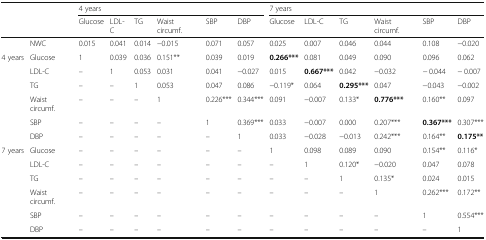
| <ROWSPAN=2-COLSPAN=2>  | <COLSPAN=6> 4 years | <COLSPAN=6> 7 years |
 | Glucose | LDL-C | TG | Waist circumf. | SBP | DBP | Glucose | LDL-C | TG | Waist circumf. | SBP | DBP |
 | --- | --- | --- | --- | --- | --- | --- | --- | --- | --- | --- | --- | --- | --- |
 |  | NWC | 0.015 | 0.041 | 0.014 | −0.015 | 0.071 | 0.057 | 0.025 | 0.007 | 0.046 | 0.044 | 0.108 | −0.020 |
 | <ROWSPAN=6> 4 years | Glucose | 1 | 0.039 | 0.036 | 0.151** | 0.039 | 0.019 | 0.266*** | 0.081 | 0.049 | 0.090 | 0.096 | 0.062 |
 | LDL-C | – | 1 | 0.053 | 0.031 | 0.041 | −0.027 | 0.015 | 0.667*** | 0.042 | −0.032 | − 0.044 | − 0.007 |
 | TG | – | – | 1 | 0.053 | 0.047 | 0.086 | −0.119* | 0.064 | 0.295*** | 0.047 | −0.043 | −0.002 |
 | Waist circumf. | – | – | – | 1 | 0.226*** | 0.344*** | 0.091 | −0.007 | 0.133* | 0.776*** | 0.160** | 0.097 |
 | SBP | – | – | – | – | 1 | 0.369*** | 0.033 | −0.007 | 0.000 | 0.207*** | 0.367*** | 0.307*** |
 | DBP | – | – | – | – | – | 1 | 0.033 | −0.028 | −0.013 | 0.242*** | 0.164** | 0.175** |
 | <ROWSPAN=6> 7 years | Glucose | – | – | – | – | – | – | 1 | 0.098 | 0.089 | 0.090 | 0.154** | 0.116* |
 | LDL-C | – | – | – | – | – | – | – | 1 | 0.120* | −0.020 | 0.047 | 0.078 |
 | TG | – | – | – | – | – | – | – | – | 1 | 0.135* | 0.024 | 0.015 |
 | Waist circumf. | – | – | – | – | – | – | – | – | – | 1 | 0.262*** | 0.172** |
 | SBP | – | – | – | – | – | – | – | – | – | – | 1 | 0.554*** |
 | DBP | – | – | – | – | – | – | – | – | – | – | – | 1 |